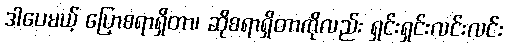
ဒါပေမယ့် ပြောစရာရှိတာ၊ ဆိုစရာရှိတာကိုလည်း ရှင်းရှင်းလင်းလင်း